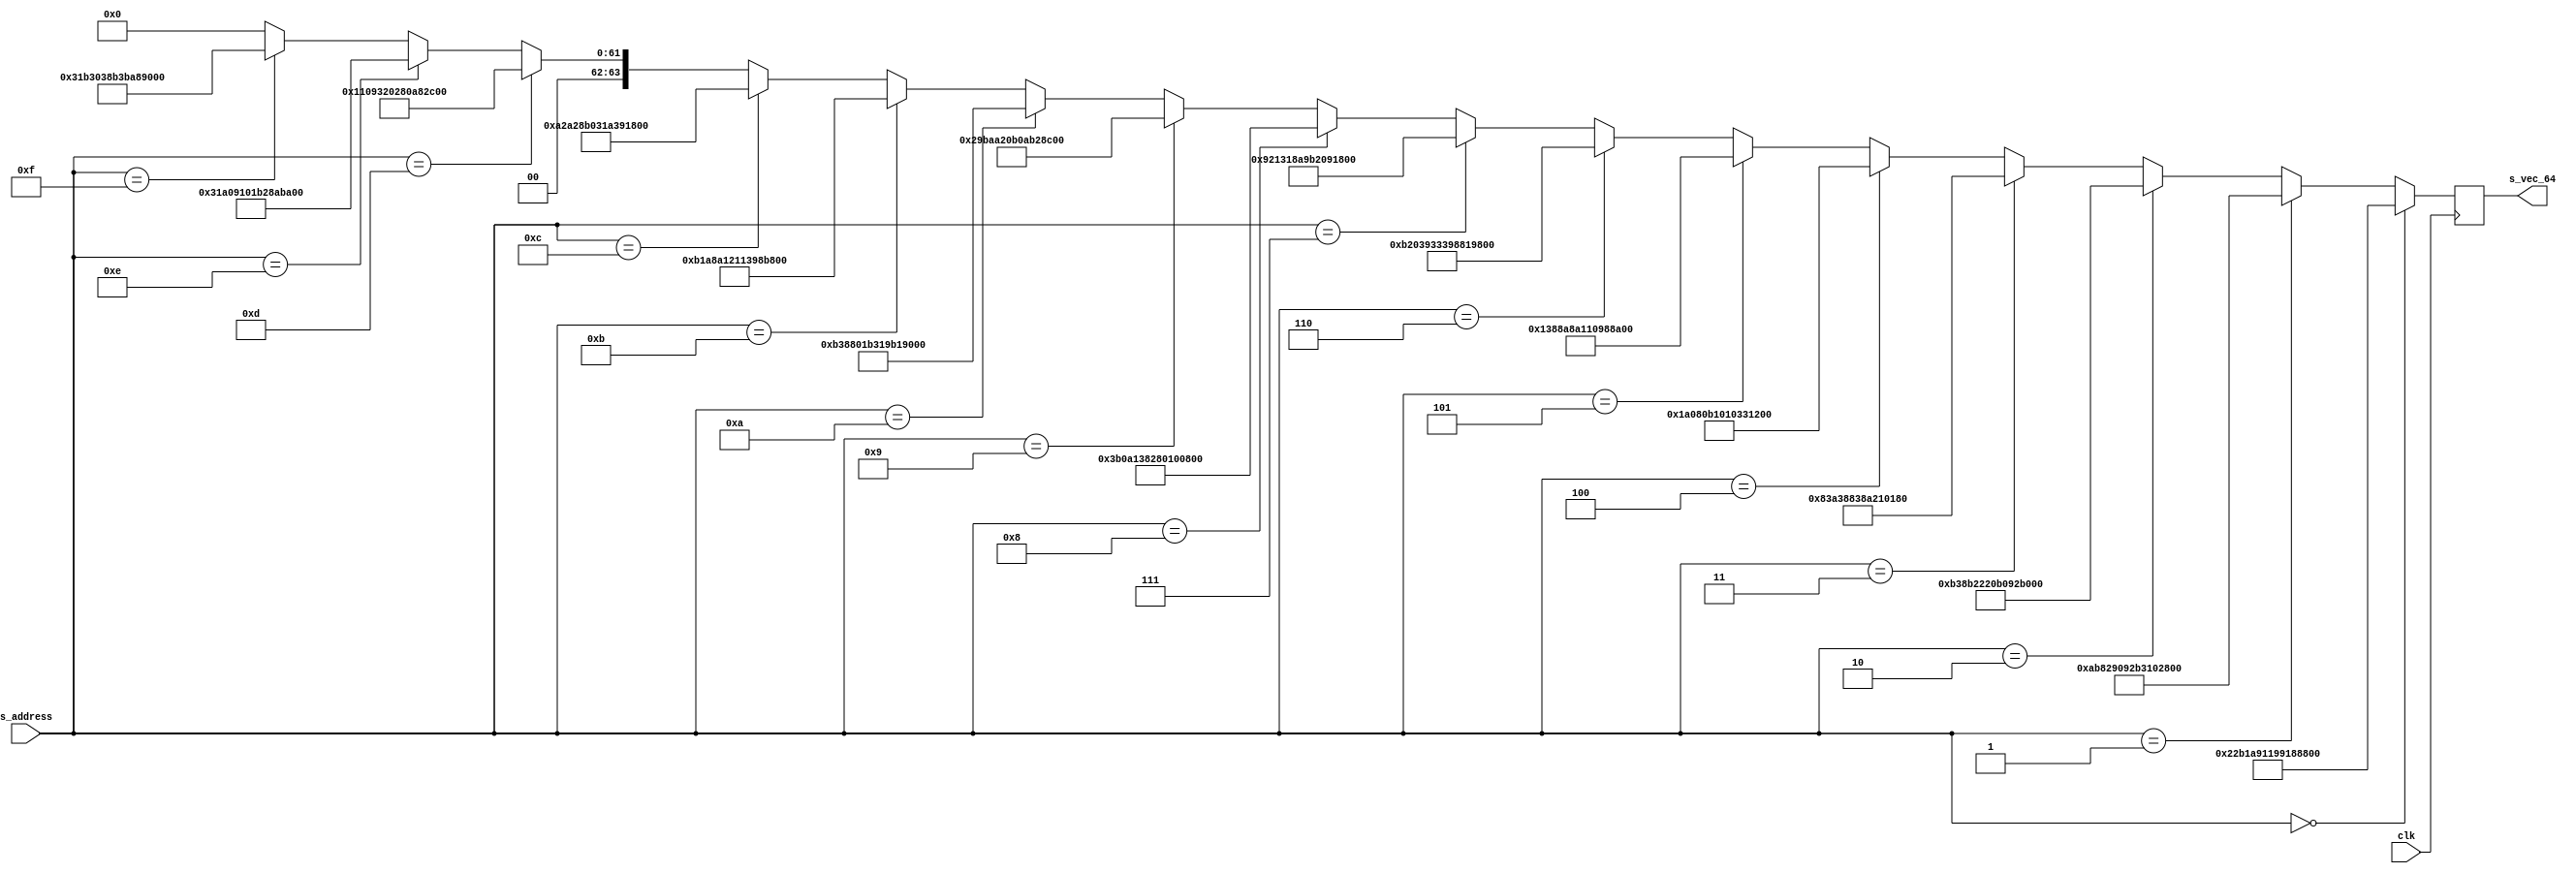
module s_rom(clk, s_address, s_vec_64);
input clk;
input [6:0] s_address;
output reg [63:0] s_vec_64;

wire [63:0] s_vec_64_wire;

/*
assign s_vec_64_wire =	
						(s_address==7'd0) ? 64'b1010000110011001001100100011001010100011100110111011101100110011:
            (s_address==7'd1) ? 64'b0001000000011001000100110010001100000010000010100010000110110001:
            (s_address==7'd2) ? 64'b1011101010101010000110100001000000001001000010011011001110111001:
            (s_address==7'd3) ? 64'b0001001000000011000010100001001000011001000100011010101010011010:
            (s_address==7'd4) ? 64'b0001001000000010001000000011101000000011100110010001001110010011:
            (s_address==7'd5) ? 64'b0001001000011001000000000010100100110011000100010000100100001010:
            (s_address==7'd6) ? 64'b1001100100000011100100011010001100100011100110100010000000000010:
            (s_address==7'd7) ? 64'b0001000010100010100100000001000100100001000100010001001100100011:
            (s_address==7'd8) ? 64'b0010000110111011001010100011101100101001001100111011000100101001:
            (s_address==7'd9) ? 64'b0000101110100011101010010011101000010011101100101010000110011011:
            (s_address==7'd10) ? 64'b0010101110111011101110111011001010101010100110011011101100110010:
            (s_address==7'd11) ? 64'b1010001110110001000010110010000110100010101000111010100110011011:
            (s_address==7'd12) ? 64'b0001000010011011000010011001101100100010001000011001101110111010:
            (s_address==7'd13) ? 64'b0010001010111010000010100010000100110000001110011011001000010011:
            (s_address==7'd14) ? 64'b1010100100010000000000110001000110100011001100001011101100111001:
            (s_address==7'd15) ? 64'b1010101110011011001010100001001010110010000000011001100110010011: 64'd0;
*/

assign s_vec_64_wire =	
						(s_address==7'd0) ? 64'b10001010110001101010010001000110011001000110001000100010000001:
						(s_address==7'd1) ? 64'b1010101110000010100100001001001010110011000100000010101000001011:
						(s_address==7'd2) ? 64'b1011001110001011001000100010000010110000100100101011001000101011:
						(s_address==7'd3) ? 64'b100000111010001110001000001110001010001000010000000110111000:
						(s_address==7'd4) ? 64'b1101000001000000010110001000000010000001100110001000110110000:
						(s_address==7'd5) ? 64'b1001110001000101010001010000100010000100110001000101000011010:
						(s_address==7'd6) ? 64'b1011001000000011100100110011001110011000100000011001100000110001:
						(s_address==7'd7) ? 64'b1001001000010011000110001010100110110010000010010001101000100000:
						(s_address==7'd8) ? 64'b11101100001010000100111000001010000000000100000000100010100010:
						(s_address==7'd9) ? 64'b10100110111010101000100000101100001010101100101000101100010000:
						(s_address==7'd10) ? 64'b1011001110001000000000011011001100011001101100011001000000111011:
						(s_address==7'd11) ? 64'b1011000110101000101000010010000100010011100110001011101110110001:
						(s_address==7'd12) ? 64'b1010001010100010100010110000001100011010001110010001100100111001:
						(s_address==7'd13) ? 64'b1000100001001001100100000001010000000101010000010101110111011:
						(s_address==7'd14) ? 64'b11000110100000100100010000000110110010100010101011101000000001:
						(s_address==7'd15) ? 64'b11000110110011000000111000101100111011101010001001000010000001:64'b0;

always @(posedge clk)
	s_vec_64 <= s_vec_64_wire;
	
endmodule